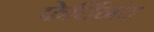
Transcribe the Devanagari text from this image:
फेर्दिनंद